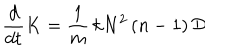
\frac { d } { d t } K = \frac { 1 } { m } \, k N ^ { 2 } \left( n - 1 \right) \mathcal { D }